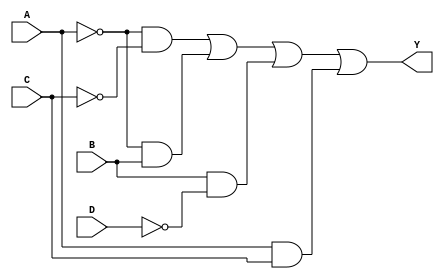
module four_variable_kmap (
    input wire A,   // Input variable A
    input wire B,   // Input variable B
    input wire C,   // Input variable C
    input wire D,   // Input variable D
    output wire Y   // Output Y
);

// Combinational logic implementation based on the derived Boolean expression
assign Y = (~A & ~C) | (~A & B) | (B & ~D) | (A & C);

endmodule